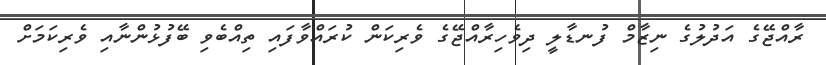
ރާއްޖޭގެ އަދުލުގެ ނިޒާމް ފުނޑާލީ ދިވެހިރާއްޖޭގެ ވެރިކަން ކުރައްވާފައި ތިއްބެވި ބޭފުޅުންނާއި ވެރިކަމަށް